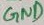
Text: GND